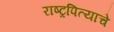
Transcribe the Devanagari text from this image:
राष्ट्रपित्याचे